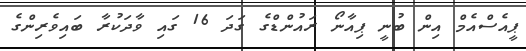
ޕީއެސްއެމް އިން ބުނީ ޕިއާނޯ ރައުންޑްގެ ގަދަ 16 ގައި ވާދަކުރާ ބައިވެރިންގެ